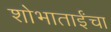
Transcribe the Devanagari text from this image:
शोभाताईंचा